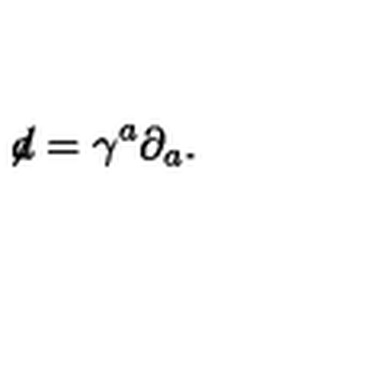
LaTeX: \not \! d = \gamma ^ { a } \partial _ { a } .